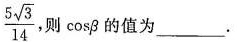
\frac { 5 \sqrt { 3 } } { 1 4 }$$ ，则cos β的值为___.